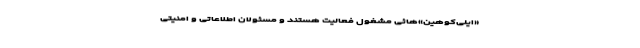
«ایلی‌کوهین»‌هائی مشغول فعالیت‌ هستند و مسئولان اطلاعاتی و امنیتی